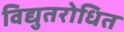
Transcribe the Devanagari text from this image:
विद्युतरोधित